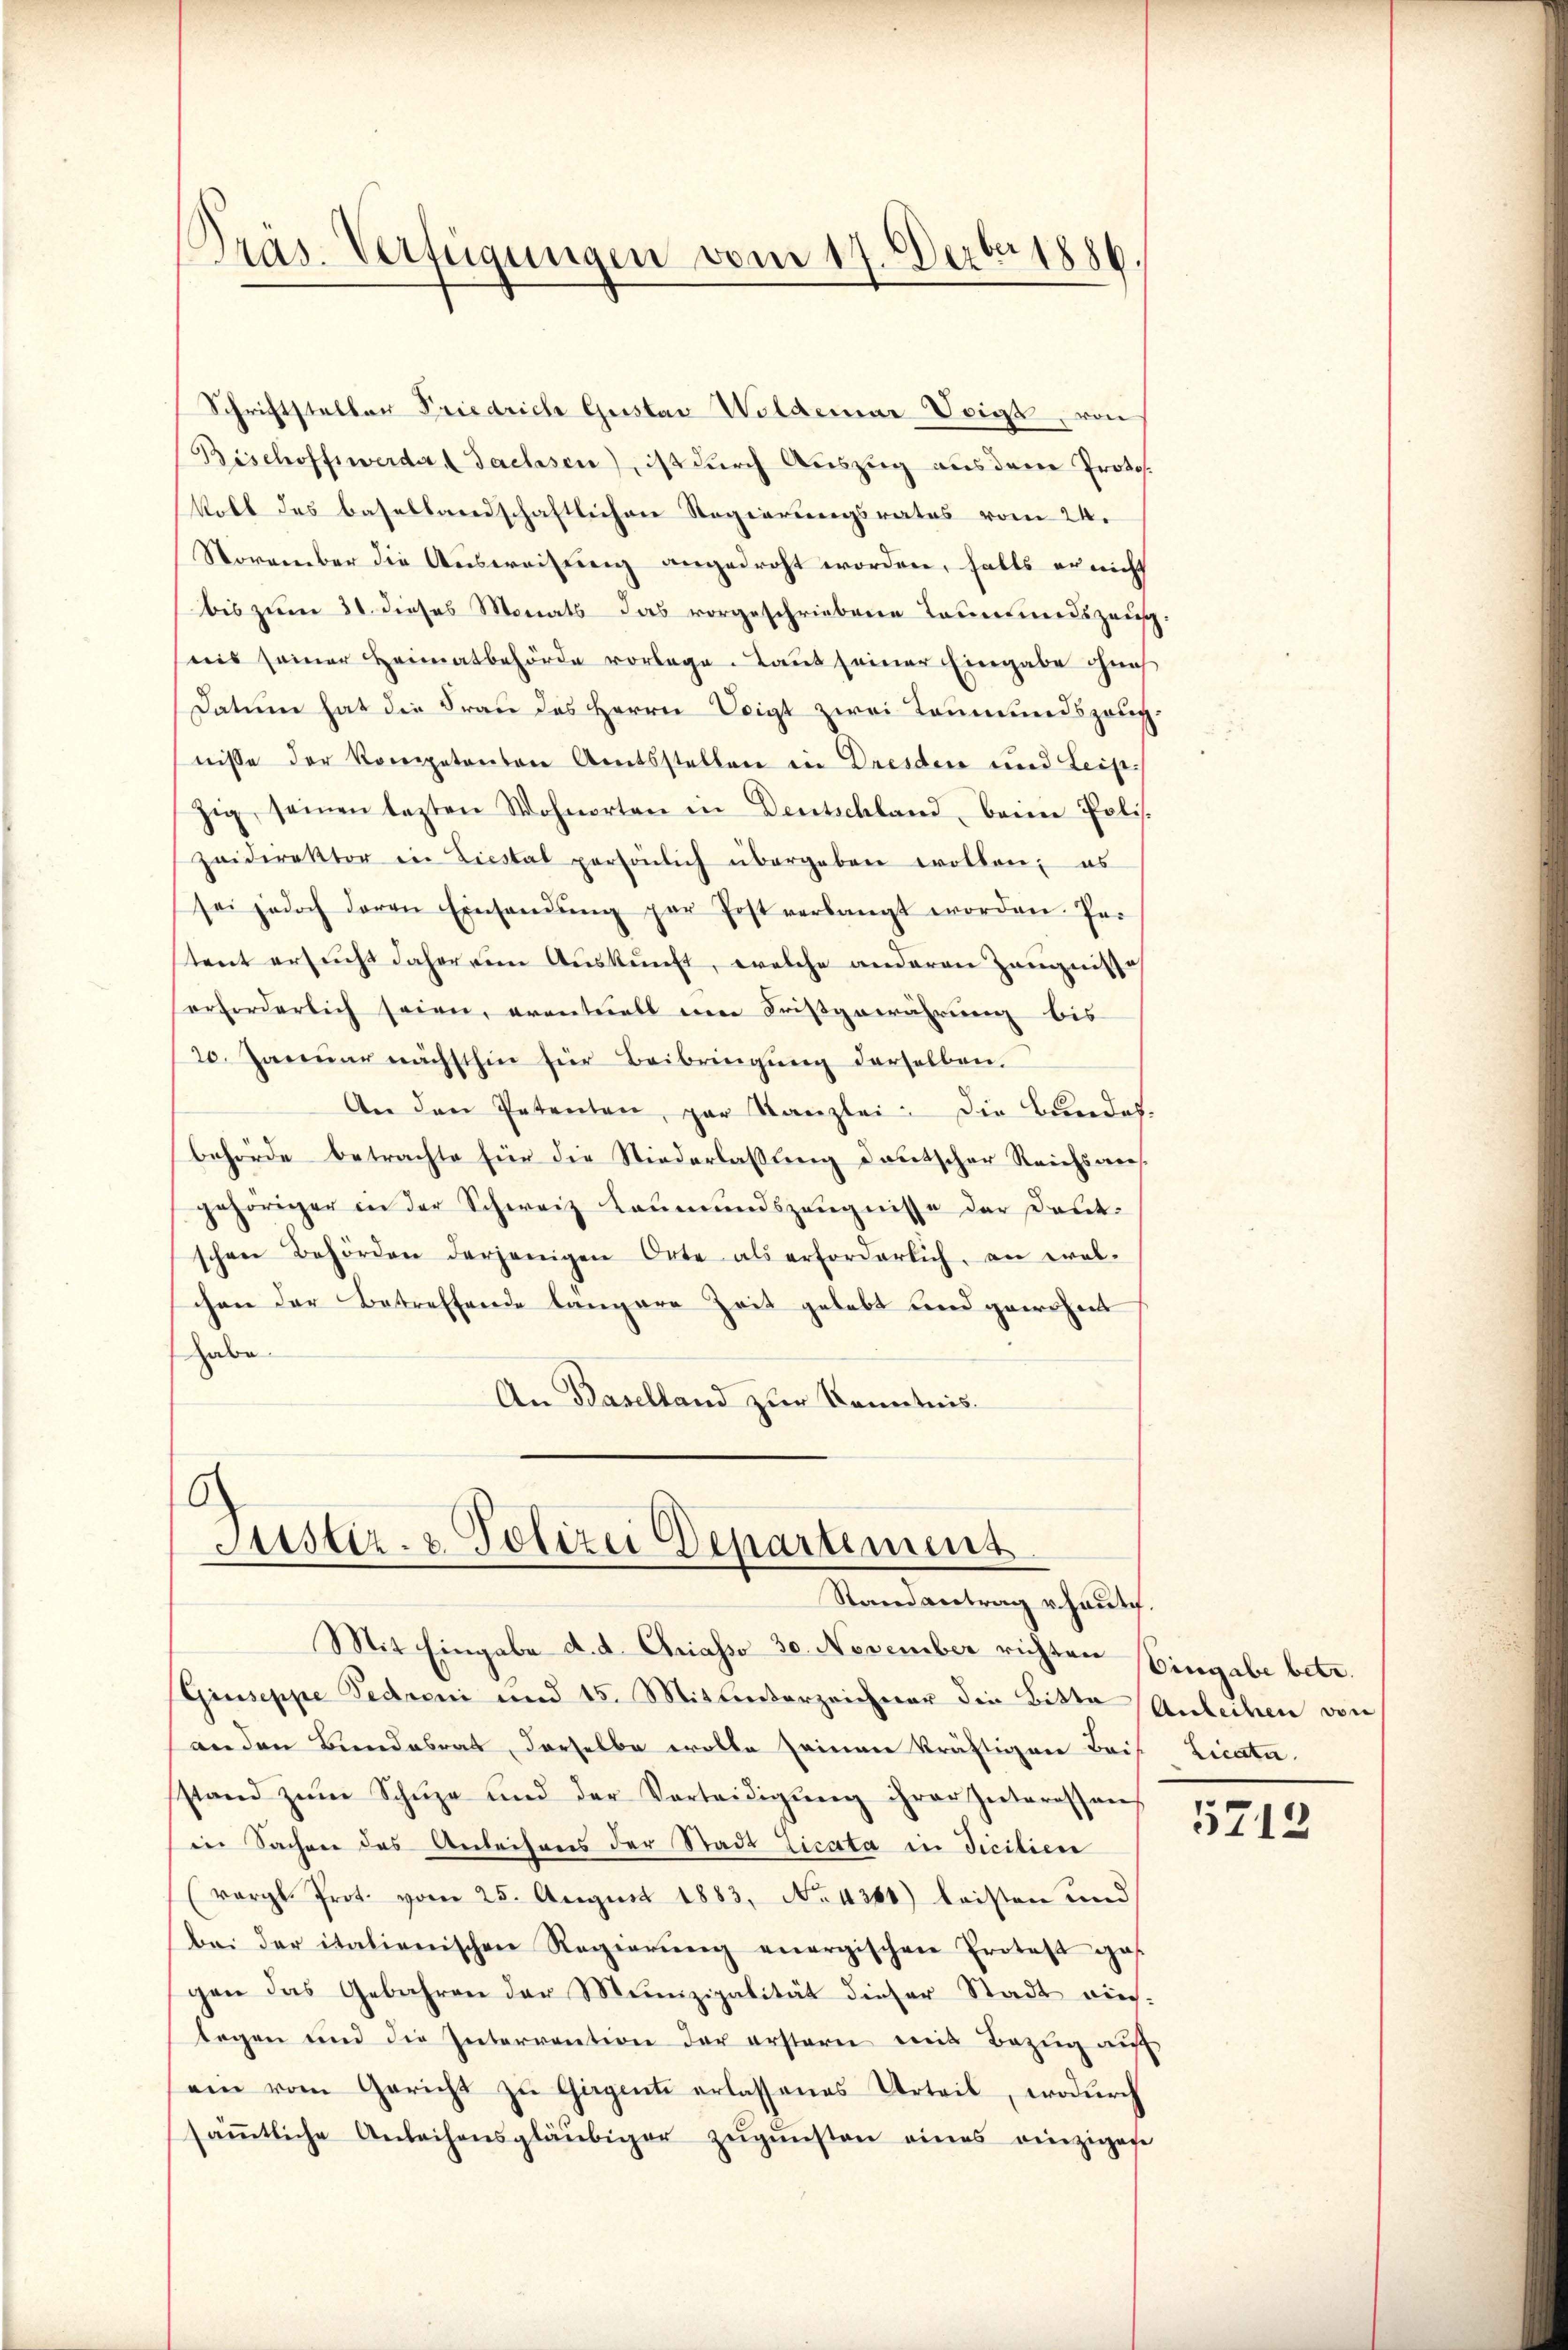
Präs. Verfügungen vom 17. Dezbr 1886.

Schriftsteller Friedrich Gustav Wolderner Voigt, von
Bischoffswerde Sachsen), ist durch Auszug aus dem Proto¬
Voll des basellandschaftlichen Regierungsrates vom 24.
November die Ausweisung angedroht worden, falls er nicht
bis zum 31. dieses Monats das vorgeschriebene Leumundszeug,
ris seiner Heimatbehörde vorlage. Laut seiner Eingabe naß
Datum hat die Frau des Herrn Voigt zwei Leumundszeug
nisse der Kompetenton Amtsstellen in Dresden und Leipzig, seinen lezten Wohnorten in Deutschland, beim Polis.
zeidirektor in Liestal persönlich übergeben wollen; es
sei jedoch deren Einsandŭng par Post verlangt worden. Per
tent ersucht daher vom Auskunft, welche anderen Zeugnisse
erforderlich seien, eventuell ein Fristgewährung bis
20. Janŭar nächsthin für Beibringŭng derselben.
An den Petenten, par Kanzlei. Die Bundes.
behörde betrachte für die Niederlassung deutscher Reichsangehöriger in der Schweiz Leumundszeugnisse der Deut-
schen Behörden derjenigen Orte als erforderlich, an wel-
chen der Betreffende längere Zeit gelebt und gewohnt
habe.
An Baselland zur Kenntnis.

6
Justiz- & Polizei Departement
Randantrag u. haut.

Mit Eingabe d. d. Chriasso 30. November richten Eingabe betr.
Giuseppe Fedoni und 15. Mit hinterzeichner die Bitte Anleihen von
enden Bundesrat, derselbe wolle seinen kräftigen Bais. Licata.
stand zŭm Schŭze und der Verteidigŭng ihrer Interessans
in Sachen des Anleihens der Stadt Licata in Ficilien
(vergl. Prot. vom 25. August 1883, No. 4381) leisten und
bei der italienischen Regierŭng energischen Protest ges
gen das Gebahren der Munizipalität dieser Stadt einlegen und die Interrention der erstern mit Bezŭg aŭf
ein vom Gericht zŭ Gagenti erlassenes Urteil, wodurch
säṁtliche Anleihensgläubiger zŭgŭnsten eines einzigese

5712